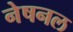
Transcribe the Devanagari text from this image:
नेषनल